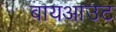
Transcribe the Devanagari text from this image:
बायआउट